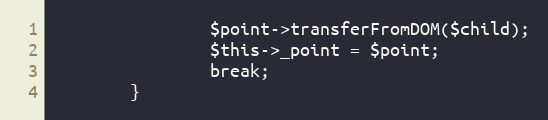
Language: PHP
                $point->transferFromDOM($child);
                $this->_point = $point;
                break;
        }